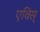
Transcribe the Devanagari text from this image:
एविस्